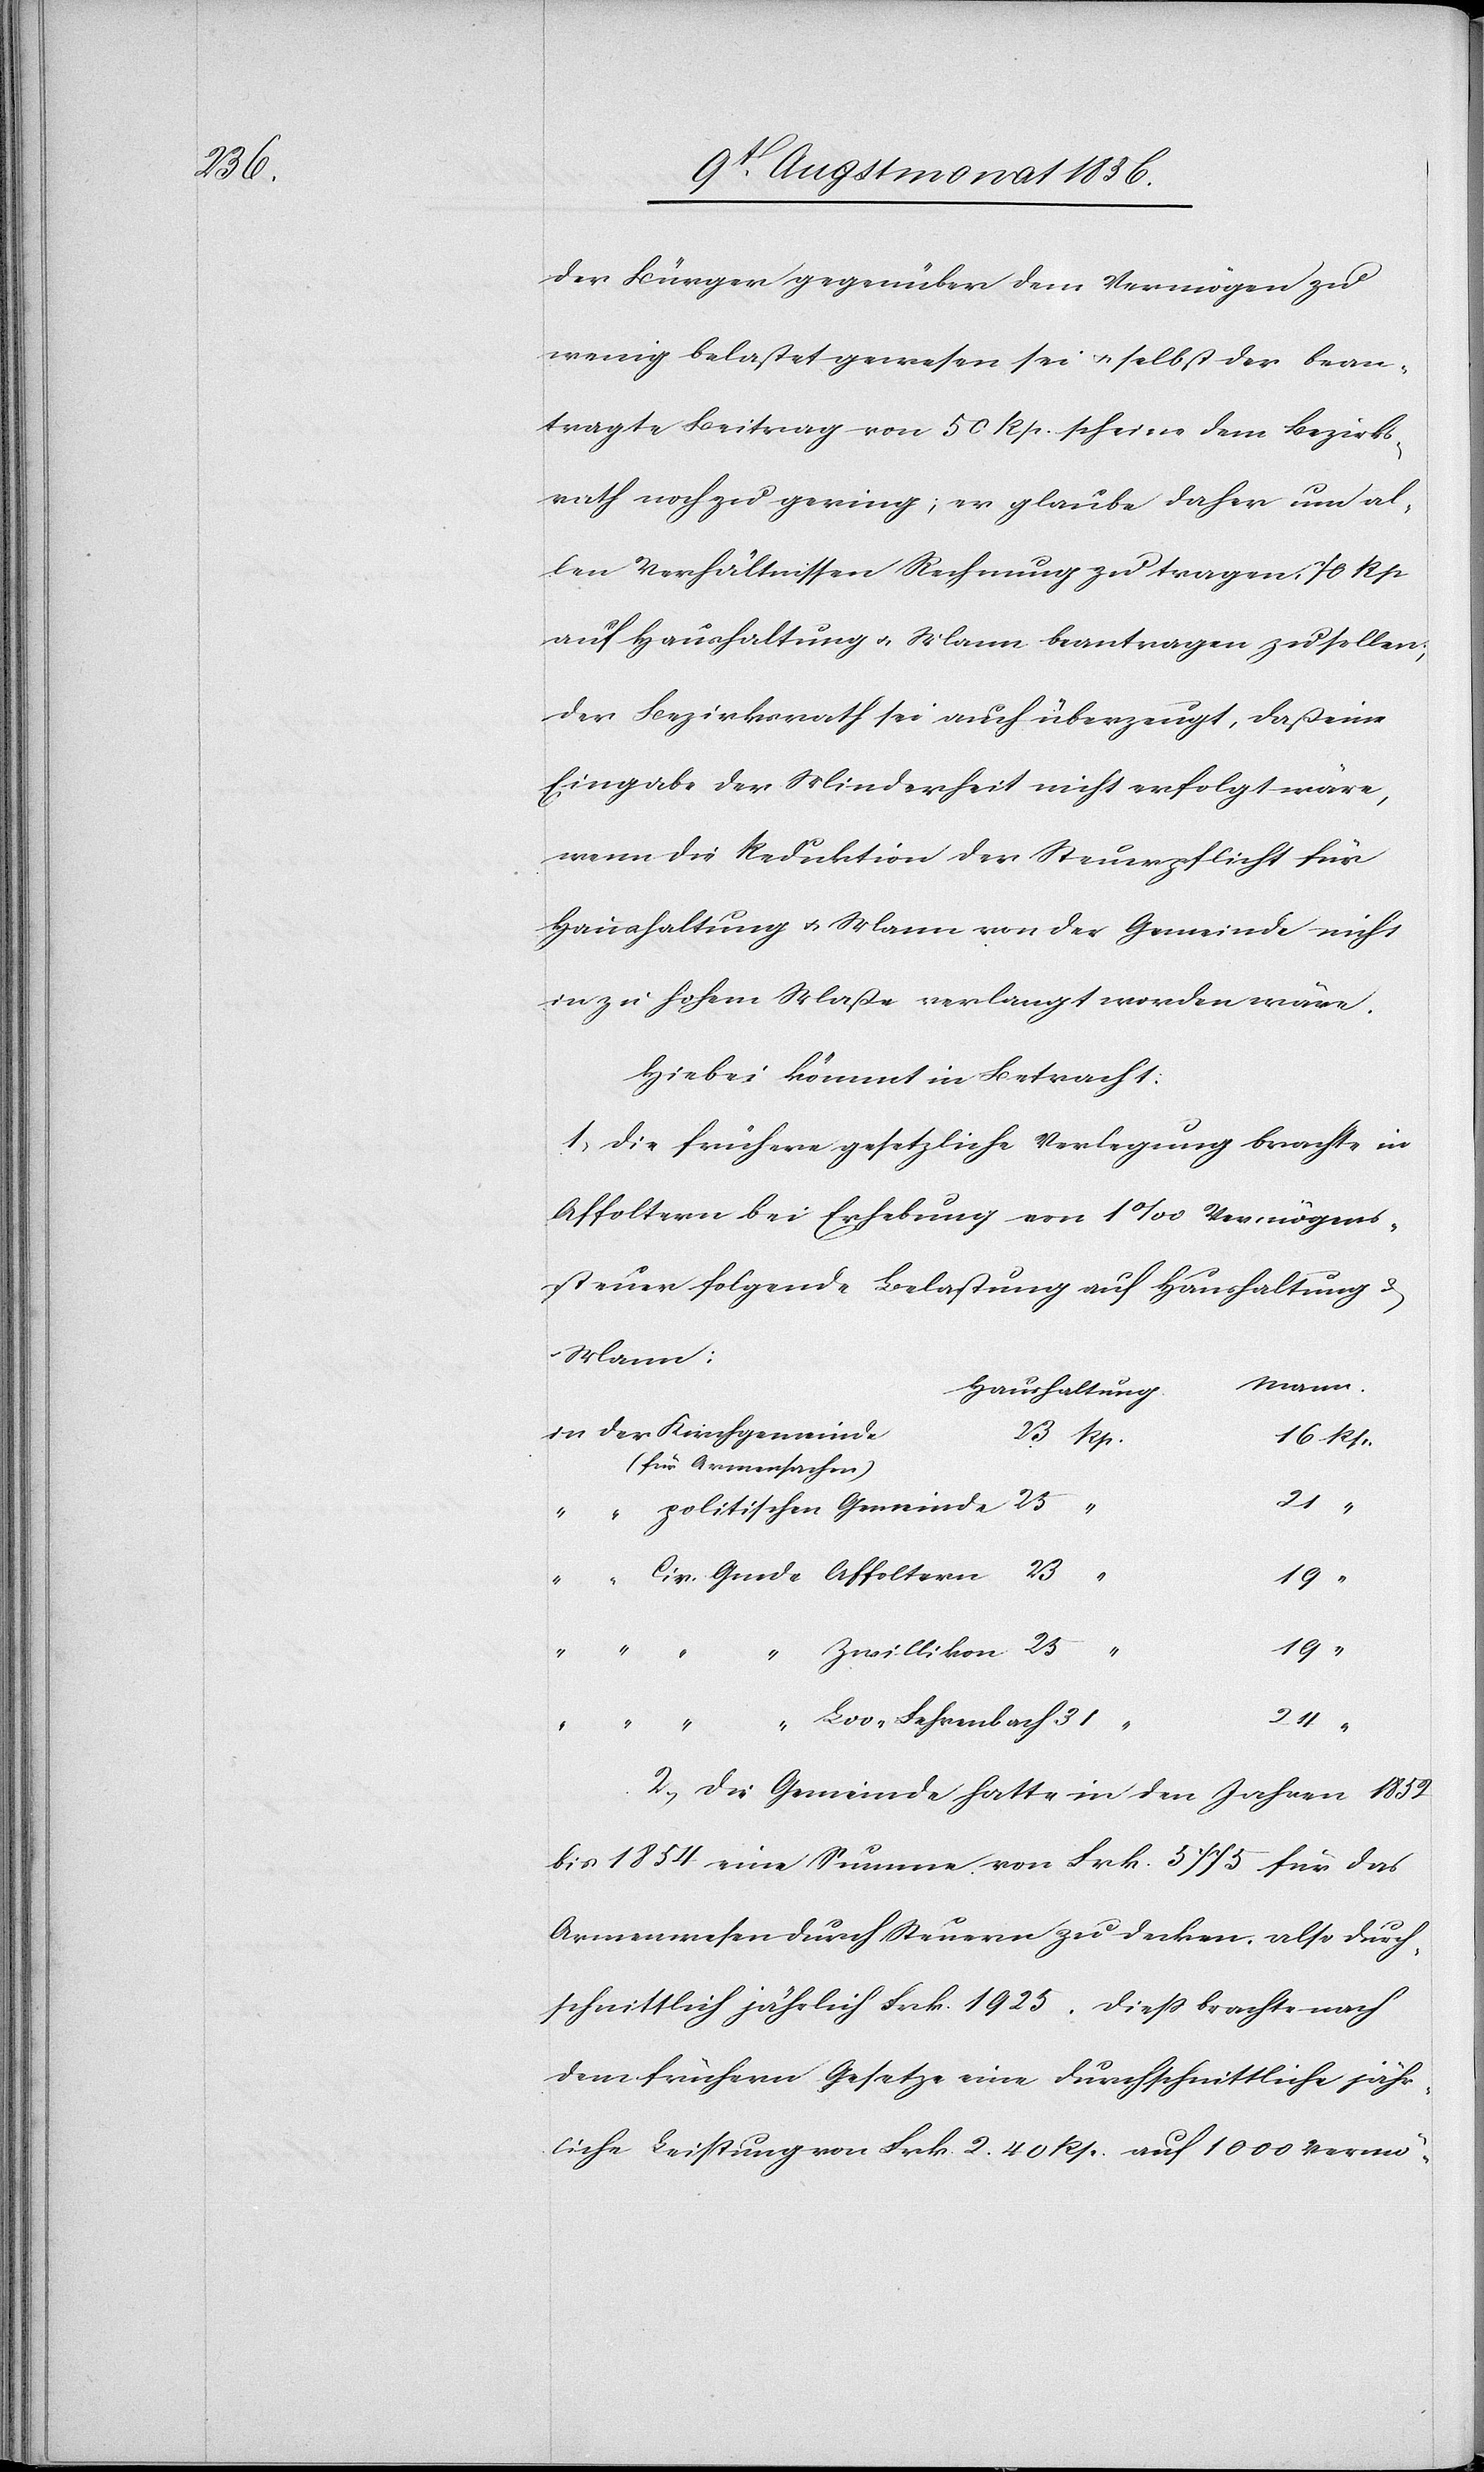
16

der Bürger gegenüber dem Vermögen zu
wenig belastet gewesen sei u. selbst der bean¬
tragte Beitrag von 50 Rp. scheine dem Bezirks¬
rath noch zu gering; er glaube daher um al¬
len Verhältnissen Rechnung zu tragen, 70 Rp
auf Haushaltung u. Mann beantragen zu sollen;
der Bezirksrath sei auch überzeugt, daß eine
Eingabe der Minderheit nicht erfolgt wäre,
wenn die Reduktion der Steuerpflicht für
Haushaltung u. Mann von der Gemeinde nicht
in zu hohem Maße verlangt worden wäre.
Hiebei kömmt in Betracht:
1.) Die frühere gesetzliche Verlegung brachte in
Affoltern bei Erhebung von 1‰ Vermögens¬
steuer folgende Belastung auf Haushaltung &
Mann.
Haushaltung.
(für Armensachen)
politischen Gemeinde
24
“
19
2.) Die Gemeinde hatte in den Jahren 1852
bis 1854 eine Summe von Frk. 5775 für das
Armenwesen durch Steuern zu decken, also durch¬
schnittlich jährlich Frk. 1925. Diess brachte nach
dem frühern Gesetze eine durchschnittliche jähr¬
liche Leistung von Frk. 2. 40 Rp. auf 1000 Vermö-